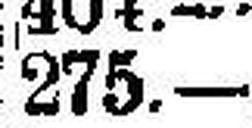
275.—